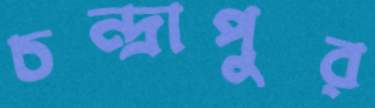
চন্দ্রাপুর